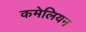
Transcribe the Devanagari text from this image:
कमेलियन